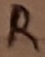
Text: R